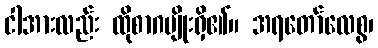
ငါအားလည်း ထိုစာဂမျိုးရှိ၏။ အရတော်လေစွ၊